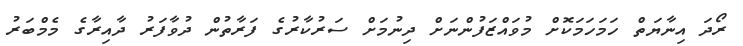
ރޯދަ އިނާޔަތް ހަމަހަމަކޮށް މުވައްޒަފުންނަށް ދިނުމަށް ސަރުކާރުގެ ފަރާތުން ދުވާފަރު ދާއިރާގެ މެމްބަރު